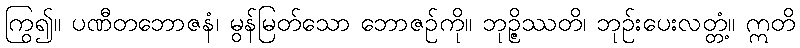
ကြွ၍။ ပဏီတဘောဇနံ၊ မွန်မြတ်သော ဘောဇဉ်ကို။ ဘုဉ္ဇိဿတိ၊ ဘုဉ်းပေးလတ္တံ့။ ဣတိ